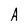
Character: A